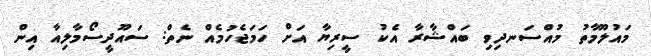
މައުލޫމާތު މުއްސަނދިވި ބައްޝާރާ އެކު ސީރިޔާ އަށް ހަމަޖެހުމެއް ނެތް: ސައޫދީސޯމާލިއާ އިން